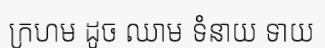
ក្រហម ដូច ឈាម ទំនាយ ទាយ